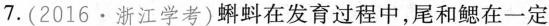
7.(2016·浙江学考)蝌蚪在发育过程中，尾和鳃在一定